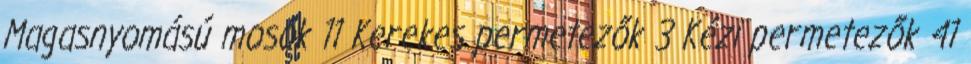
Magasnyomású mosók 11 Kerekes permetezők 3 Kézi permetezők 41